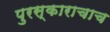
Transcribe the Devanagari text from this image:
पुरस्काराचाच